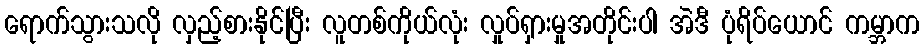
ရောက်သွားသလို လှည့်စားနိုင်ပြီး လူတစ်ကိုယ်လုံး လှုပ်ရှားမှုအတိုင်းပါ အဲဒီ ပုံရိပ်ယောင် ကမ္ဘာက